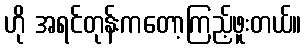
ဟို အရင်တုန်းကတော့ကြည့်ဖူးတယ်။